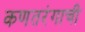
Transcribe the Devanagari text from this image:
कणतरंगाची